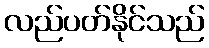
လည်ပတ်နိုင်သည်